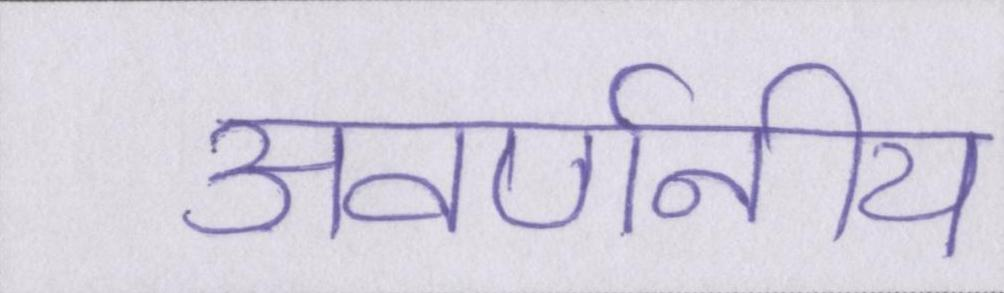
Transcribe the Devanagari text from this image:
अवर्णनीय